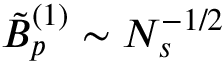
\tilde { B } _ { p } ^ { ( 1 ) } \sim N _ { s } ^ { - 1 / 2 }